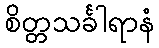
စိတ္တသင်္ခါရာနံ